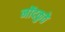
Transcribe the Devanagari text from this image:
नोंदकुठे